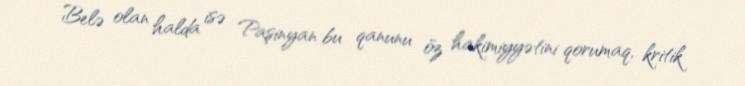
Belə olan halda isə Paşinyan bu qanunu öz hakimiyyətini qorumaq, kritik